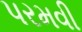
પરમવી